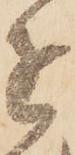
近